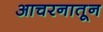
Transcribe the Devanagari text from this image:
आचरनातून